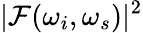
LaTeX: \mathcal{|F}(\omega_{i},\omega_{s})|^{2}